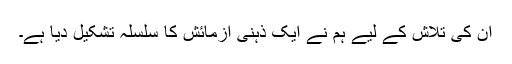
ان کی تلاش کے لیے ہم نے ایک ذہنی آزمائش کا سلسلہ تشکیل دیا ہے۔